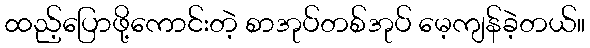
ထည့်ပြောဖို့ကောင်းတဲ့ စာအုပ်တစ်အုပ် မေ့ကျန်ခဲ့တယ်။